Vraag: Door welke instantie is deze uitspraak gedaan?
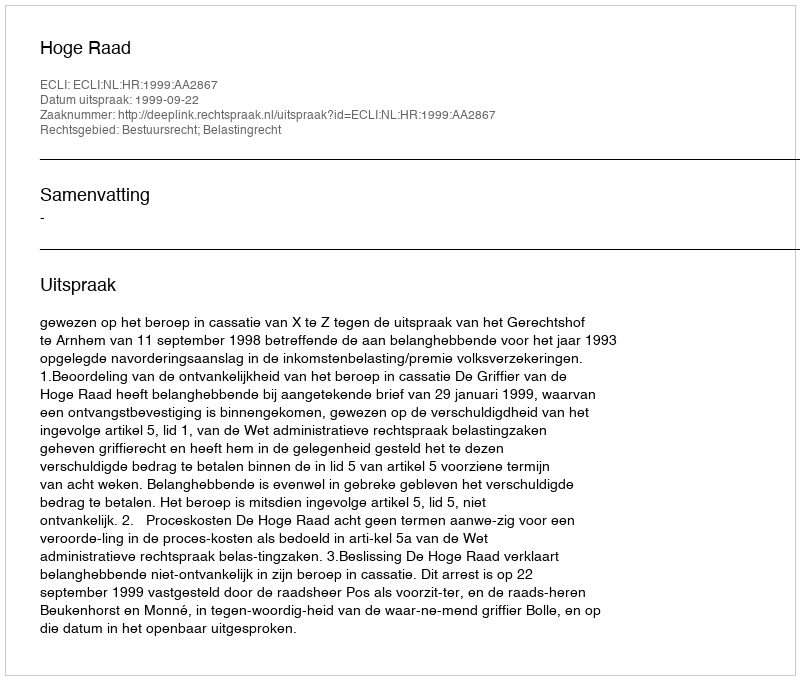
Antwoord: Hoge Raad